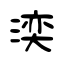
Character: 湙